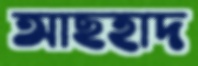
আছহাদ